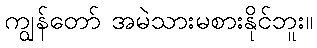
ကျွန်တော် အမဲသားမစားနိုင်ဘူး။